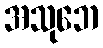
အသုဘေ